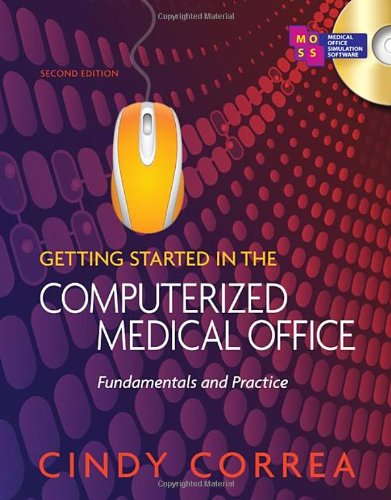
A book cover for Getting Started in the Computerized Medical Office: Fundamentals and Practice; Cindy Correa; Medical Books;